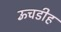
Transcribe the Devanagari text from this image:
ऊँचडीह